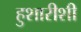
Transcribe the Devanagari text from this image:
हुशारीशी